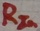
Text: RIn